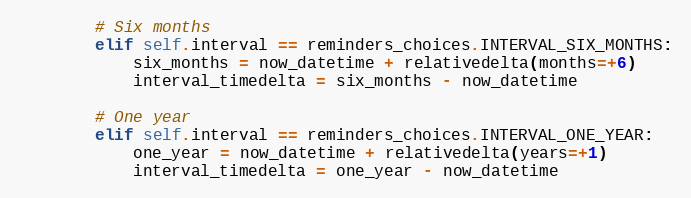
Language: Python
        # Six months
        elif self.interval == reminders_choices.INTERVAL_SIX_MONTHS:
            six_months = now_datetime + relativedelta(months=+6)
            interval_timedelta = six_months - now_datetime

        # One year
        elif self.interval == reminders_choices.INTERVAL_ONE_YEAR:
            one_year = now_datetime + relativedelta(years=+1)
            interval_timedelta = one_year - now_datetime